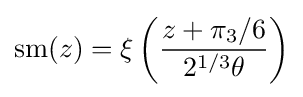
\operatorname {sm} (z)=\xi \left({\frac {z+\pi _{3}/6}{2^{1/3}\theta }}\right)